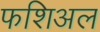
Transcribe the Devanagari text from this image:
फशिअल